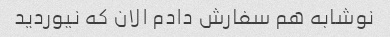
نوشابه هم سفارش دادم الان که نیوردید